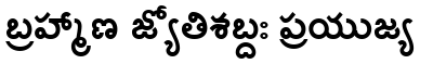
బ్రహ్మాణ జ్యోతిశబ్దః ప్రయుజ్య